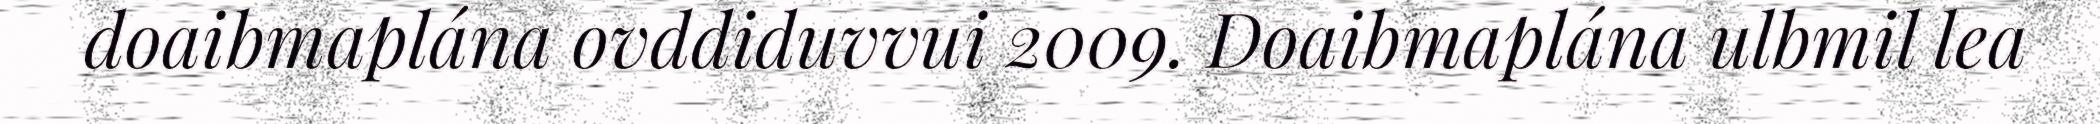
doaibmaplána ovddiduvvui 2009. Doaibmaplána ulbmil lea